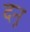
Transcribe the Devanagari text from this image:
दनू